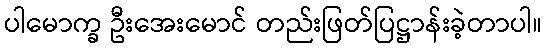
ပါမောက္ခ ဦးအေးမောင် တည်းဖြတ်ပြဋ္ဌာန်းခဲ့တာပါ။